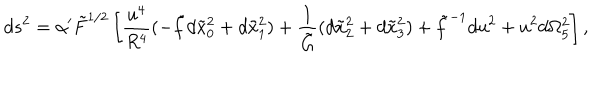
LaTeX: d s ^ { 2 } = \alpha ^ { \prime } \tilde { F } ^ { 1 / 2 } \left[ \frac { u ^ { 4 } } { R ^ { 4 } } ( - \tilde { f } d \tilde { x } _ { 0 } ^ { 2 } + d \tilde { x } _ { 1 } ^ { 2 } ) + \frac { 1 } { \tilde { G } } ( d \tilde { x } _ { 2 } ^ { 2 } + d \tilde { x } _ { 3 } ^ { 2 } ) + \tilde { f } ^ { - 1 } d u ^ { 2 } + u ^ { 2 } d \Omega _ { 5 } ^ { 2 } \right] ,